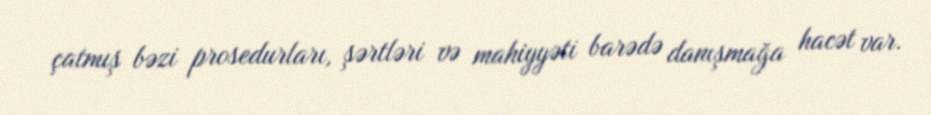
çatmış bəzi prosedurları, şərtləri və mahiyyəti barədə danışmağa hacət var.